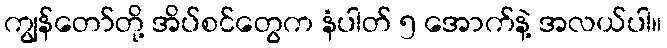
ကျွန်တော်တို့ အိပ်စင်တွေက နံပါတ် ၅ အောက်နဲ့ အလယ်ပါ။